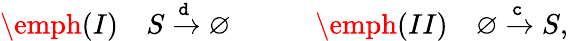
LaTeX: \begin{array}{r}{\emph{(I)}\quad S\xrightarrow{\mathtt{d}}\varnothing\quad\quad\quad\emph{(II)}\quad\varnothing\xrightarrow{\mathtt{c}}S,}\end{array}